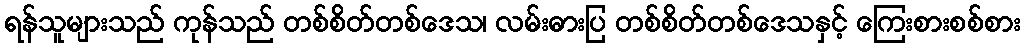
ရန်သူများသည် ကုန်သည် တစ်စိတ်တစ်ဒေသ၊ လမ်းဓားပြ တစ်စိတ်တစ်ဒေသနှင့် ကြေးစားစစ်စား